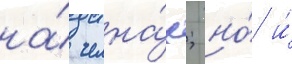
на́ челна́х; но́ и́